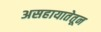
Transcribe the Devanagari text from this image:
असहायातेतून